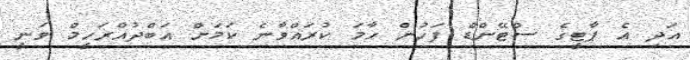
އަދި އެ ޕާޓީގެ ސްޓޭންޑް ފަހުން ހާމަ ކުރައްވާނެ ކަމަށް އަބްދުއްރަހީމް ވަނީ